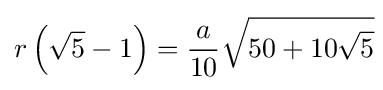
r\left({\sqrt {5}}-1\right)={\frac {a}{10}}{\sqrt {50+10{\sqrt {5}}}}\!